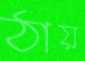
ঠায়